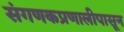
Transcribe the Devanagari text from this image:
संगणकप्रणालीपासून